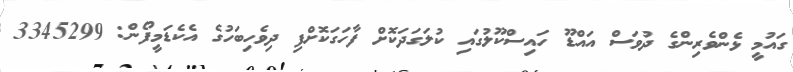
ގައުމީ ޅެންވެރިންގެ ދުވަސް އައްޑޫ ހައިސްކޫލުގައި ކުލަގަދަކޮށް ފާހަގަކޮށްފި ދިވެހިބަހުގެ އެކެޑަމީފޯން: 3345299